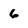
Character: 6